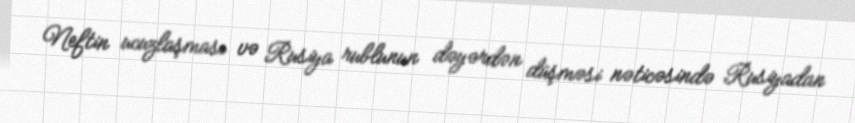
Neftin ucuzlaşması və Rusiya rublunun dəyərdən düşməsi nəticəsində Rusiyadan